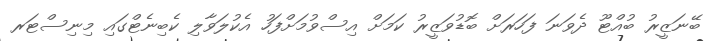
ބޭނަޒީރު ބުއްޓޫ ދެވަނަ ފަހަރަށް ބޮޑުވަޒީރު ކަމަށް އިސްވުމަށްފަހު އެކުލަވާލި ކެބިނެޓްގައި މިނިސްޓަރ